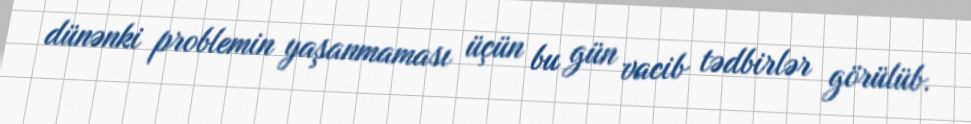
dünənki problemin yaşanmaması üçün bu gün vacib tədbirlər görülüb.